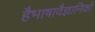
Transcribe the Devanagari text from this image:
हैभाषावैज्ञानिकों